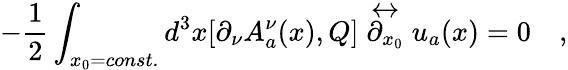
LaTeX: -\frac{1}{2}\int_{x_{0}=const.}d^{3}x[\partial_{\nu}A_{a}^{\nu}(x),Q]\stackrel{\leftrightarrow}{\partial_{x_{0}}}u_{a}(x)=0\quad,